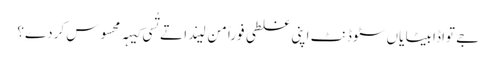
‏ جے تواڈا بیٹا یاں سٹوڈنٹ اپنی غلطی فوراً من لیندا تے تُسی کیہہ محسوس کردے؟